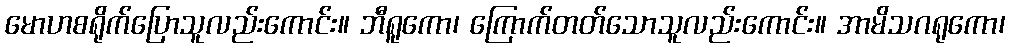
မောဟစရိုက်ပြောသူလည်းကောင်း။ ဘီရူကော၊ ကြောက်တတ်သောသူလည်းကောင်း။ အာမိသဂရုကော၊